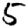
Digit: 5